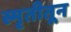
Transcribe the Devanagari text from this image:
स्मृतीतून